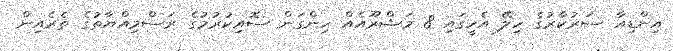
އިންޑިއާ ސަރުކާރުގެ ހިލޭ އެހީގައި 8 މަޝްރޫއެއް ހިންގަން ސޮއިކުރުމުގެ ރަސްމިއްޔާތުގެ ތެރެއިން